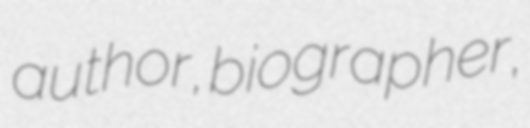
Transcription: author, biographer,